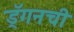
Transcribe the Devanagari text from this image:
ड्रॅगनची